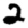
Digit: 2